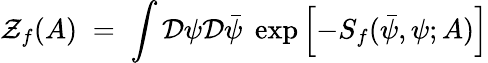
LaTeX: {\mathcal Z}_{f}(A)\; =\; \int{\mathcal D}\psi{\mathcal D}{\bar{\psi}}\; \exp\left[-S_{f}({\bar{\psi}},\psi;A)\right]